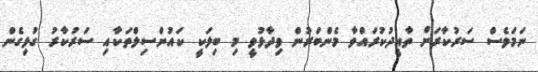
ނަމަވެސް ސަރުކާރަށް ތާއީދުކުރައްވާ މެންބަރުން ވިދާޅުވީ މި ބިލަކީ ކައުންސިލްތަކާއި ސަރުކާރު ގުޅިގެން